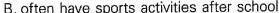
B.often have sports activities after school